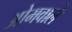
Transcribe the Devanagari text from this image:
ओमवाले